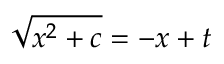
{ \sqrt { x ^ { 2 } + c } } = - x + t